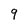
Character: 9